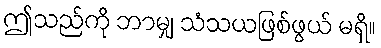
ဤသည်ကို ဘာမျှ သံသယဖြစ်ဖွယ် မရှိ။